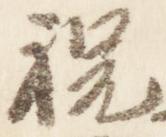
祝